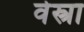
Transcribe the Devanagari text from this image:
वेस्त्रा